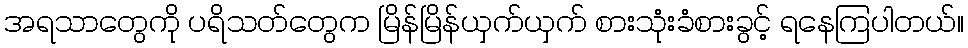
အရသာတွေကို ပရိသတ်တွေက မြိန်မြိန်ယှက်ယှက် စားသုံးခံစားခွင့် ရနေကြပါတယ်။